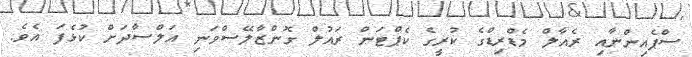
ސްޕެއިންނާއި ރެއާލް މެޑްރިޑްގެ ކުރީގެ ކެޕްޓަން ރައުލް ގޮންޒާލޭސްވަނި އަލްސާދަށް ކުޅެފަ އެވެ.